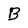
Character: B